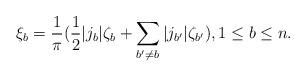
LaTeX: \begin{align*}\xi_b=\frac{1}{\pi}(\frac12|j_b|\zeta_b+\sum_{b'\neq b}|j_{b'}|\zeta_{b'}),1\leq b\leq n.\end{align*}